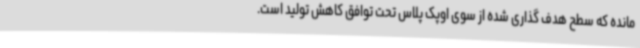
مانده که سطح هدف گذاری شده از سوی اوپک پلاس تحت توافق کاهش تولید است.